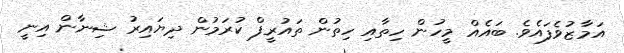
އަމާޒުވެފައެވެ. ބައެއް މީހުން ހިތާއި ހިތުން ތައުރީފް ކުރަމުން ދިޔައިރު ޝިނާން އިނީ